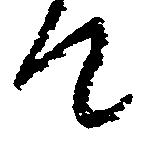
て